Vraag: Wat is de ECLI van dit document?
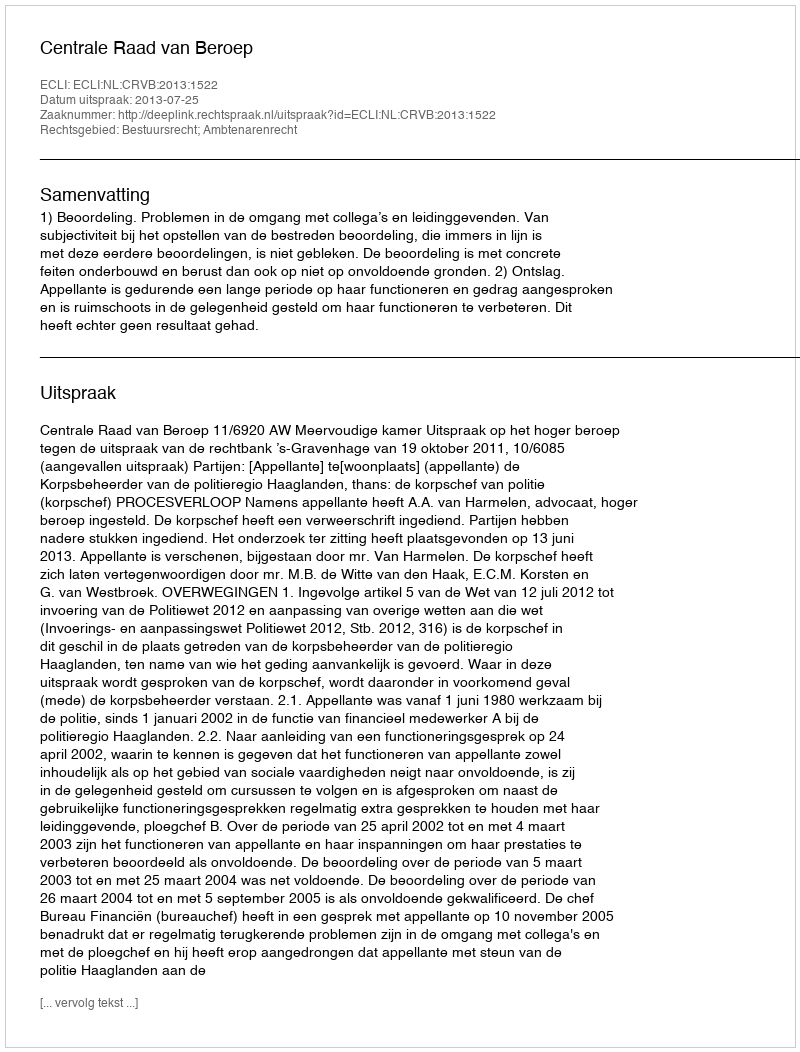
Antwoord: ECLI:NL:CRVB:2013:1522